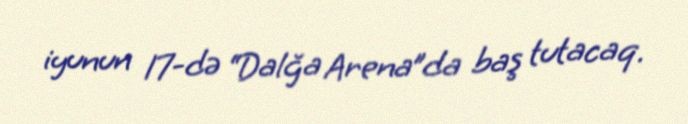
iyunun 17-də “Dalğa Arena”da baş tutacaq.